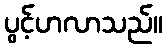
ပွင့်ဟလာသည်။